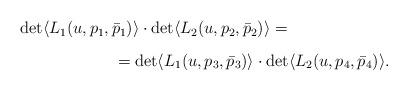
LaTeX: \begin{align*}\begin{array}{l}\det \langle L_{1}(u,p_{1},\bar{p}_{1}) \rangle \cdot \det\langle L_{2}(u,p_{2},\bar{p}_{2}) \rangle = \\\vspace{-2mm}\\\qquad \qquad \qquad = \det \langle L_{1}(u,p_{3},\bar{p}_{3})\rangle \cdot \det \langle L_{2}(u,p_{4},\bar{p}_{4}) \rangle.\end{array}\end{align*}